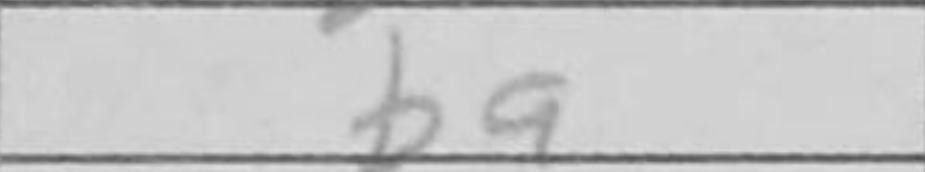
Transcription: ba